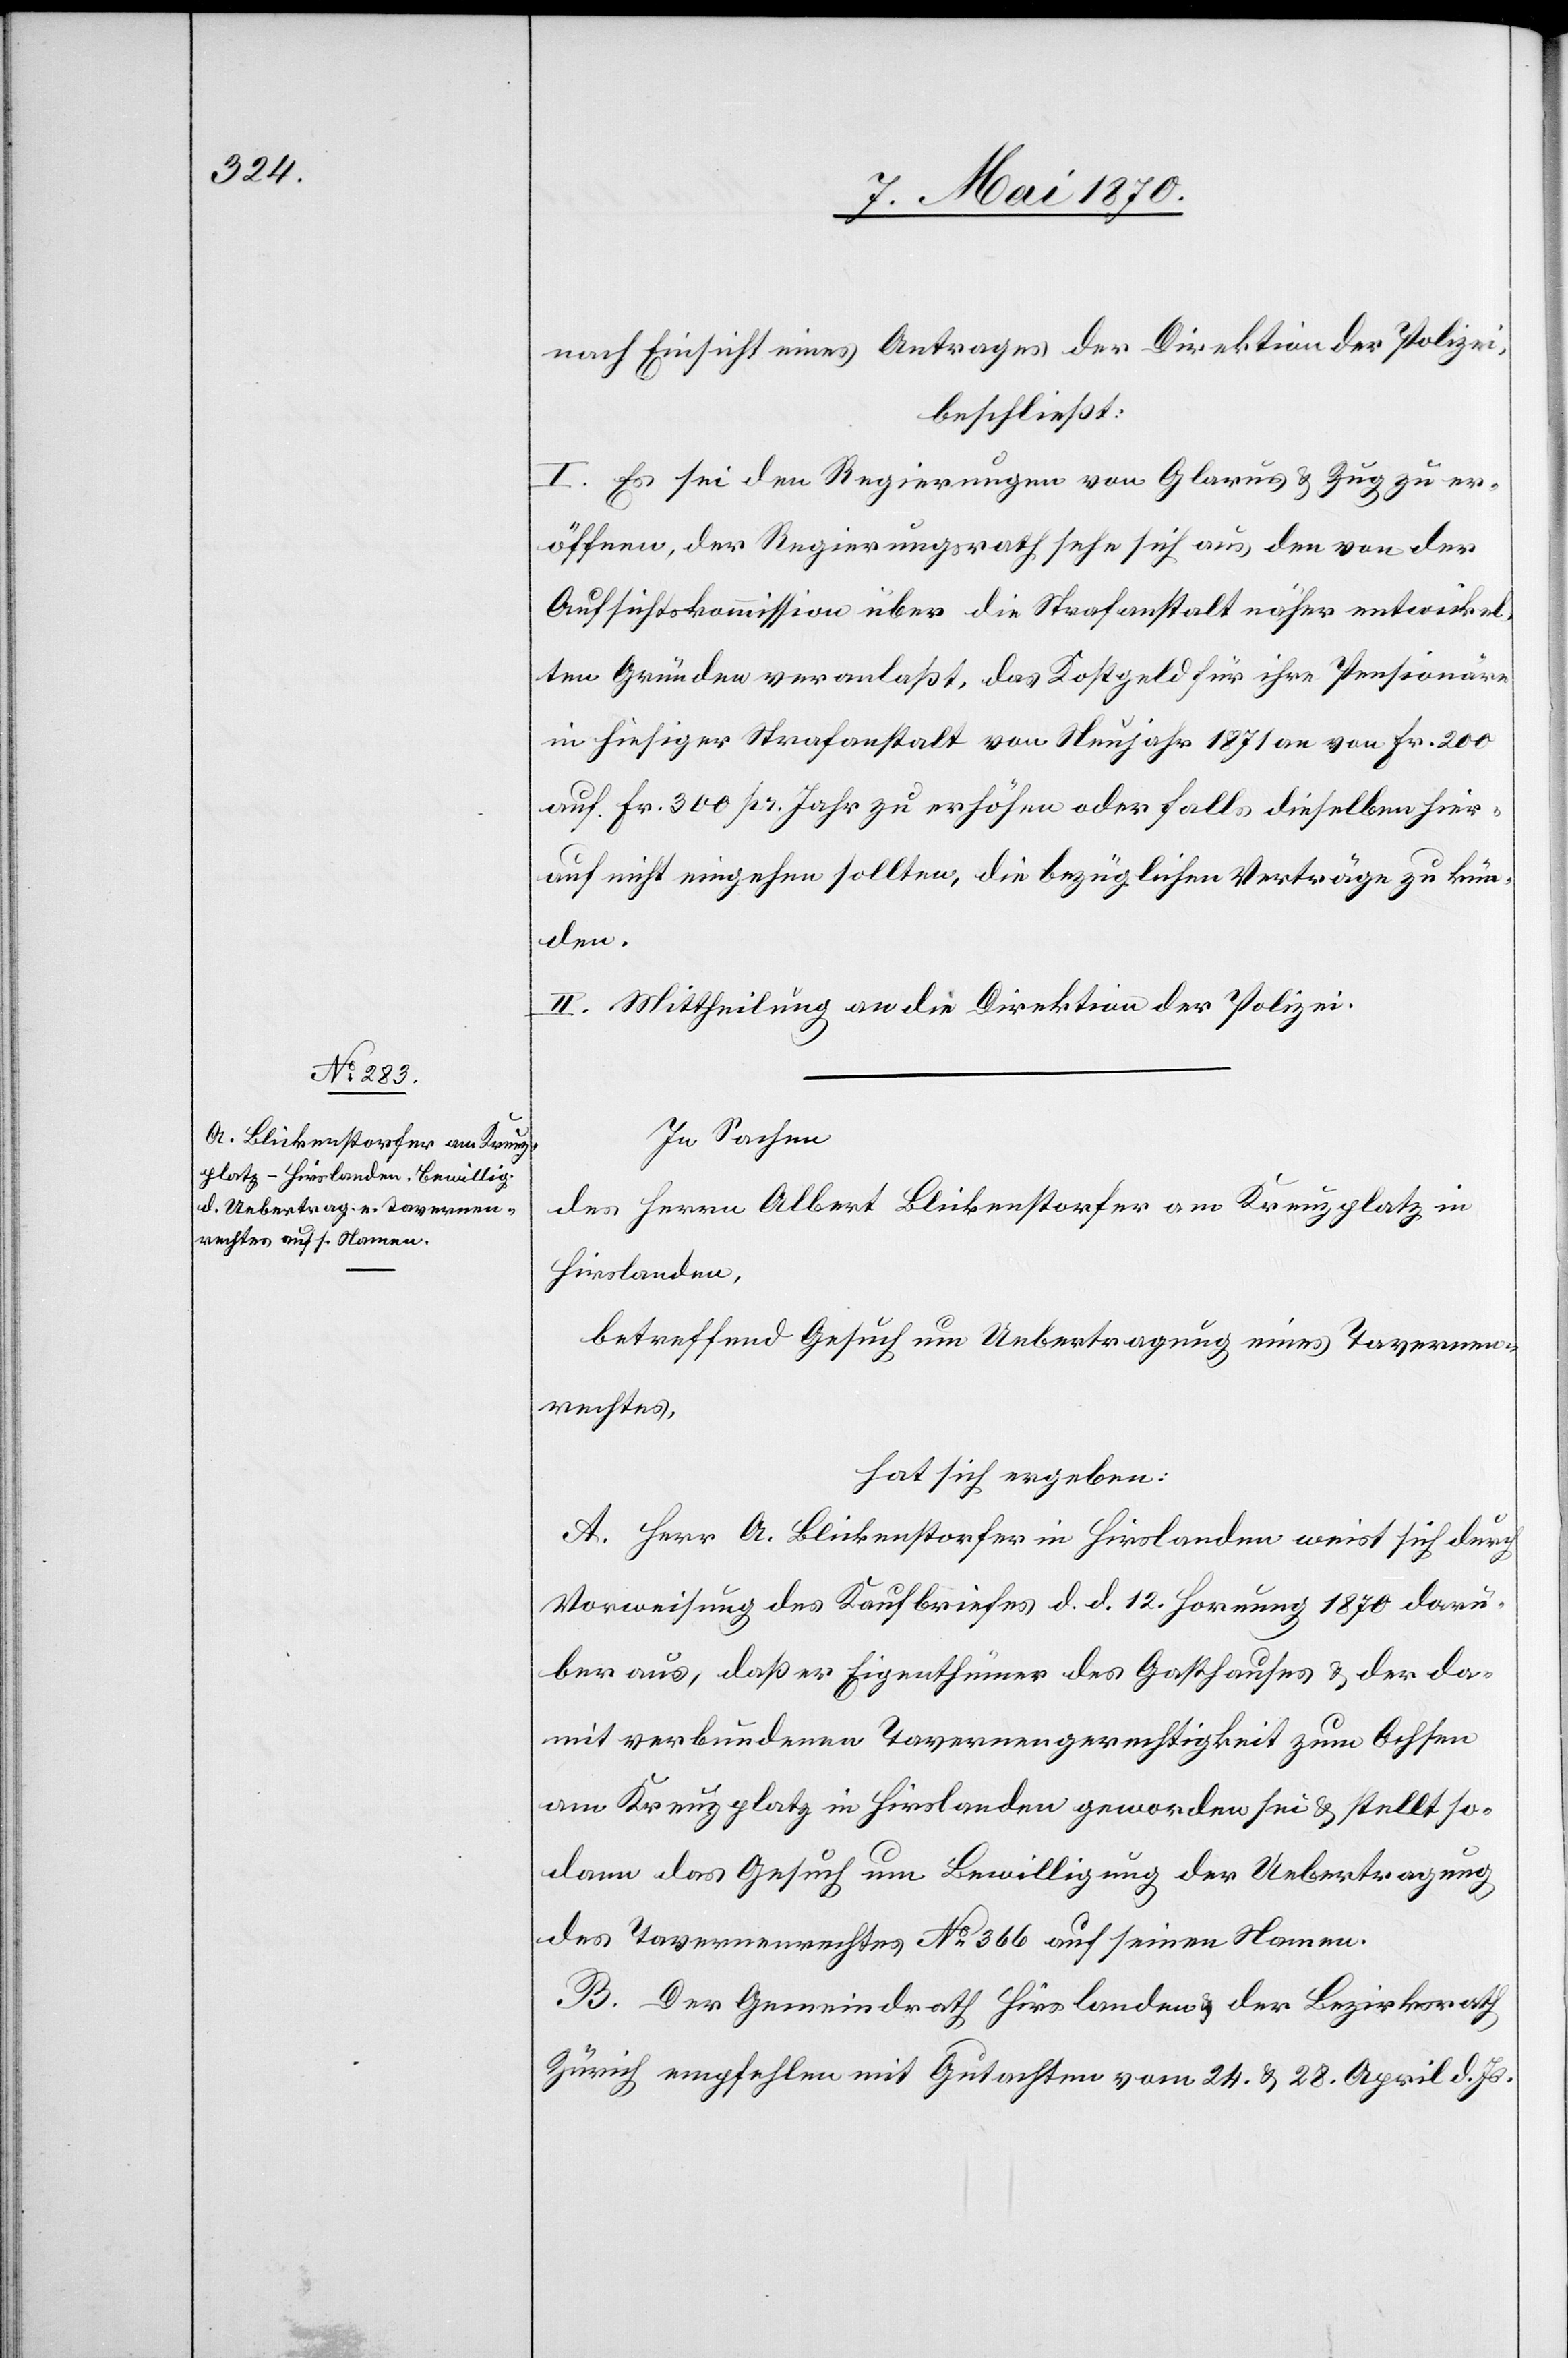
nach Einsicht eines Antrages der Direktion der Polizei,
beschließt:
I. Es sei den Regierungen von Glarus & Zug zu er¬
öffnen, der Regierungsrath sehe sich aus den von der
Aufsichtskommission über die Strafanstalt näher entwickel¬
ten Gründen veranlaßt, das Kostgeld für ihre Pensionäre
in hiesiger Strafanstalt von Neujahr 1871 an von Fr. 200
auf Fr. 300 pr. Jahr zu erhöhen oder falls dieselben hier¬
auf nicht eingehen sollten, die bezüglichen Verträge zu kün¬
den.
II. Mittheilung an die Direktion der Polizei.
In Sachen
des Herrn Albert Blickenstorfer am Kreuzplatz in
Hirslanden,
betreffend Gesuch um Uebertragung eines Tavernen¬
rechtes,
hat sich ergeben:
A. Herr A. Blickenstorfer in Hirslanden weist sich durch
Vorweisung des Kaufbriefes d. d. 12. Hornung 1870 darü¬
ber aus, daß er Eigenthümer des Gasthauses & der da¬
mit verbundenen Tavernengerechtigkeit zum Ochsen
am Kreuzplatz in Hirslanden geworden sei & stellt so¬
dann das Gesuch um Bewilligung der Uebertretung
des Tavernenrechtes No 366 auf seinen Namen.
B. Der Gemeindrath Hirslanden & der Bezirksrath
Zürich empfehlen mit Gutachten vom 24. & 28. April d. Js.